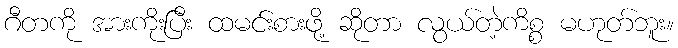
ဂီတကို အားကိုးပြီး ထမင်းစားဖို့ ဆိုတာ လွယ်တဲ့ကိစ္စ မဟုတ်ဘူး။